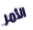
الأمر